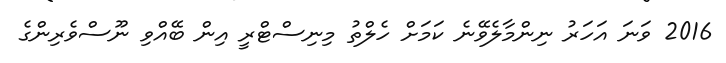
2016 ވަނަ އަހަރު ނިންމާލެވޭނެ ކަމަށް ހެލްތު މިނިސްޓްރީ އިން ބޭއްވި ނޫސްވެރިންގެ